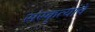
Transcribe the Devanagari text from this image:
संस्कृत्यांचे